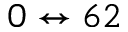
0 \leftrightarrow 6 2